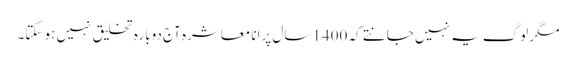
مگر لوگ یہ نہیں جانتے کہ 1400 سال پرانا معاشرہ آج دوبارہ تخلیق نہیں ہو سکتا۔